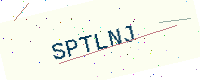
Text: SPTLNJ